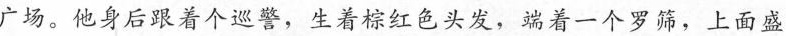
广场。他身后跟着个巡警，生着棕红色头发，端着一个罗筛，上面盛